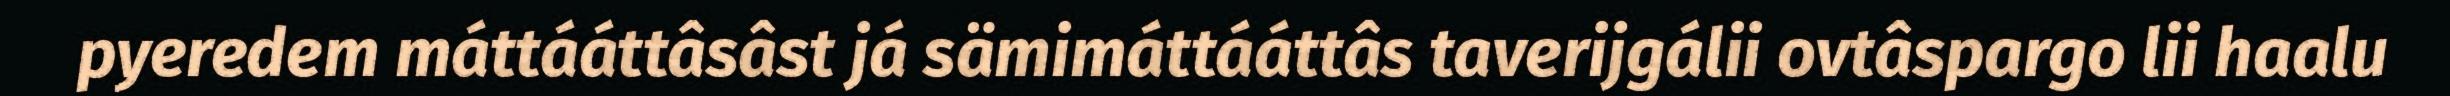
pyeredem máttááttâsâst já sämimáttááttâs taverijgálii ovtâspargo lii haalu